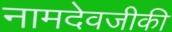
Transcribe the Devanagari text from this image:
नामदेवजीकी